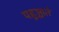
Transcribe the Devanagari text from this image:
पहुञ्चाते